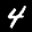
Label: 4